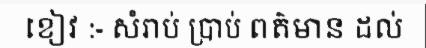
ខៀវ :- សំរាប់ ប្រាប់ ពត៌មាន ដល់